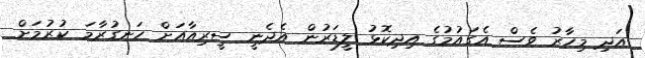
އަދި މިހާރު ވެސް އެގައުމުގެ އިދިކޮޅު ލީޑަރުން އެދެނީ ސީރިއާއަށް ހަނގުރާމަ ކުރުމަށް